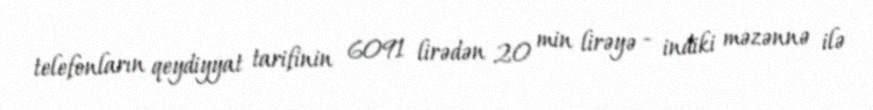
telefonların qeydiyyat tarifinin 6091 lirədən 20 min lirəyə - indiki məzənnə ilə